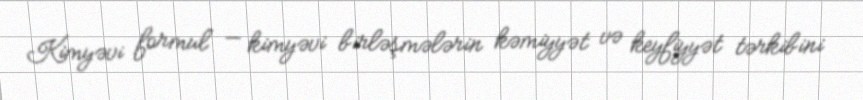
Kimyəvi formul — kimyəvi birləşmələrin kəmiyyət və keyfiyyət tərkibini